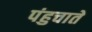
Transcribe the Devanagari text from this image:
पंहुचाते